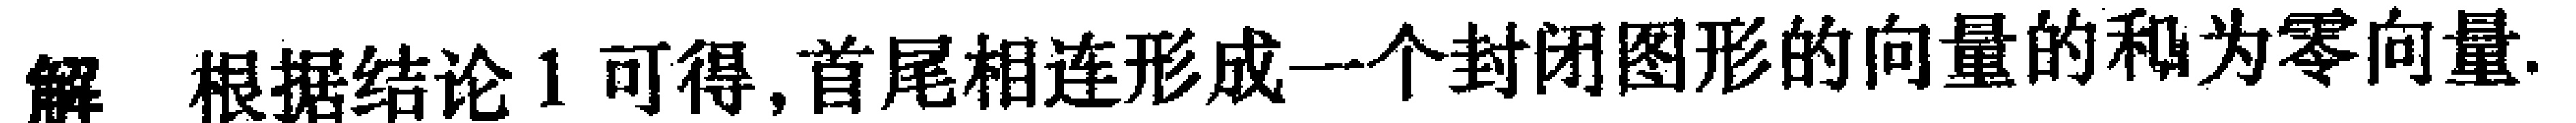
解 根据结论1可得,首尾相连形成一个封闭图形的向量的和为零向量